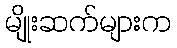
မျိုးဆက်များက